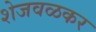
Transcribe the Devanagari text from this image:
शेजवळकर